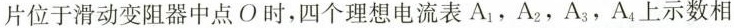
片位于滑动变阻器中点 O 时，四个理想电流表A_{1}，A_{2}，A_{3}，A_{4}上示数相